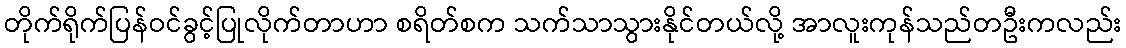
တိုက်ရိုက်ပြန်ဝင်ခွင့်ပြုလိုက်တာဟာ စရိတ်စက သက်သာသွားနိုင်တယ်လို့ အာလူးကုန်သည်တဦးကလည်း